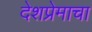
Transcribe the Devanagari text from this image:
देशप्रेमाचा